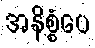
အနိစ္စံပေ